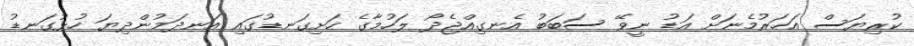
ކުރިޔަސް އަހަރުމެނަށް އަޑު ނީވޭ ސަބަބު އެނގިއްޖެދޯ ލަހުމާގެ ހަށިގަނޑުގައި އަނދަމުންދިޔަ ހުޅުގަނޑު